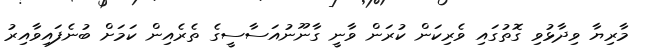
މާރިޔާ ވިދާޅުވި ގޮތުގައި ވެރިކަން ކުރަން ވާނީ ގާނޫނުއަސާސީގެ ތެރެއިން ކަމަށް ބުނެފައިވާއިރު